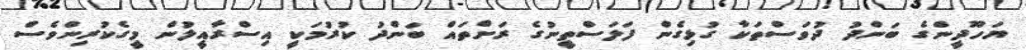
ޔަހޫދީންގެ ބަންދު ދުވަސްތަކާ ގުޅިގެން ފަލަސްތީނުގެ ރަށްތައް ބަންދު ކުރުމަކީ އިސްރާއީލުން މީގެކުރިންވެސް